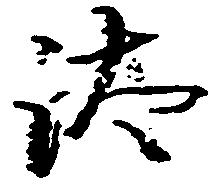
汰